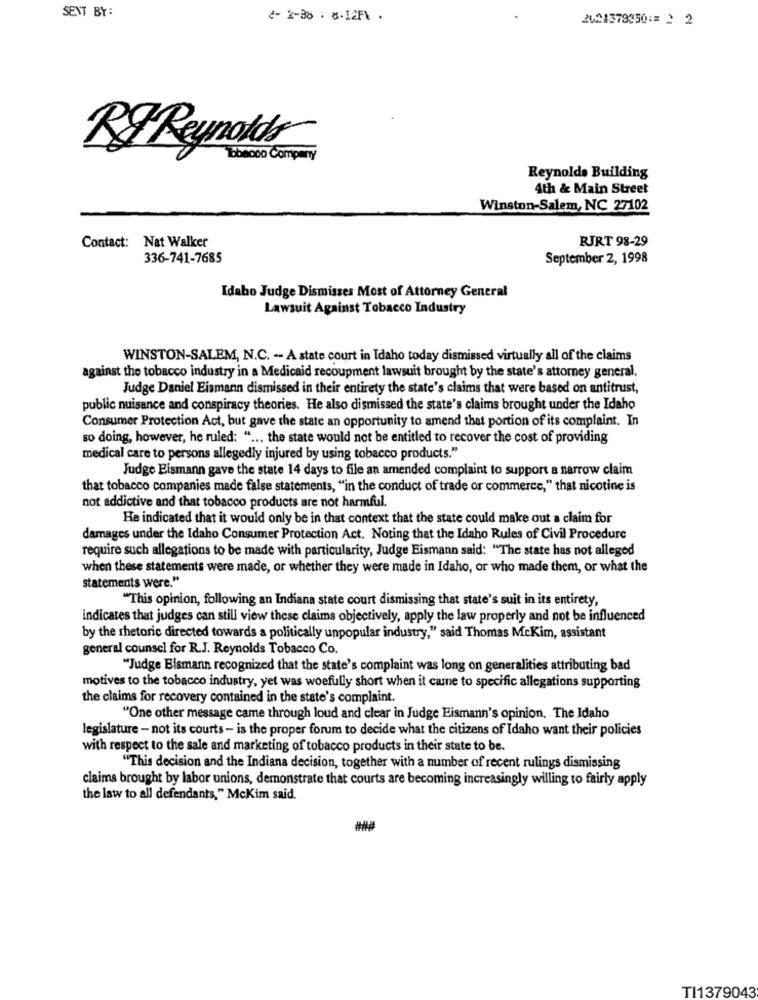
SENT BY:
2- 2-38 . 8-12F1 .
2424379950 := 2 2
R& Reynolds
18becco Company
Reynolds Building
4th & Main Street
Winston-Salem, NC 27102
RJRT 98-29
Contact: Nat Walker
336-741-7685
September 2, 1998
Idaho Judge Dismisses Most of Attorney General
Lawsuit Against Tobacco Industry
WINSTON-SALEM, N.C. -- A state court in Idaho today dismissed virtually all of the claims
against the tobacco industry in a Medicaid recoupment lawsuit brought by the state's attorney general.
Judge Daniel Eismann dismissed in their entirety the state's claims that were based on antitrust,
public nuisance and conspiracy theories. He also dismissed the state's claims brought under the Idaho
Consumer Protection Act, but gave the state an opportunity to amend that portion of its complaint. In
so doing, however, he ruled: " ... the state would not be entitled to recover the cost of providing
medical care to persons allegedly injured by using tobacco products."
Judge Eismann gave the state 14 days to file an amended complaint to support a narrow claim
that tobacco companies made false statements, "in the conduct of trade or commerce," that nicotine is
not addictive and that tobacco products are not harmful.
He indicated that it would only be in that context that the state could make out a claim for
damages under the Idaho Consumer Protection Act. Noting that the Idaho Rules of Civil Procedure
require such allegations to be made with particularity, Judge Eismann said: "The state has not alleged
when these statements were made, or whether they were made in Idaho, or who made them, or what the
statements were."
"This opinion, following an Indiana state court dismissing that state's suit in its entirety,
indicates that judges can still view these claims objectively, apply the law properly and not be influenced
by the rhetoric directed towards a politically unpopular industry," said Thomas McKim, assistant
general counsel for R.J. Reynolds Tobacco Co.
"Judge Eismann recognized that the state's complaint was long on generalities attributing bad
motives to the tobacco industry, yet was woefully short when it came to specific allegations supporting
the claims for recovery contained in the state's complaint.
"One other message came through loud and clear in Judge Eismann's opinion. The Idaho
legislature - not its courts - is the proper forum to decide what the citizens of Idaho want their policies
with respect to the sale and marketing of tobacco products in their state to be.
"This decision and the Indiana decision, together with a number of recent rulings dismissing
claims brought by labor unions, demonstrate that courts are becoming increasingly willing to fairly apply
the law to all defendants," McKim said.
TI1379043